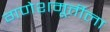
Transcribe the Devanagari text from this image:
गणेशमूर्तीला